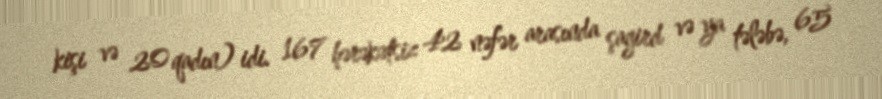
kişi və 20 qadın) idi. 167 hərəkətsiz 42 nəfər arasında şagird və ya tələbə, 65